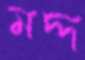
মদ্দ